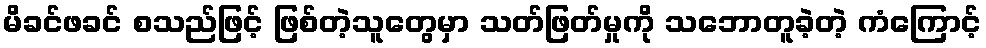
မိခင်ဖခင် စသည်ဖြင့် ဖြစ်တဲ့သူတွေမှာ သတ်ဖြတ်မှုကို သဘောတူခဲ့တဲ့ ကံကြောင့်